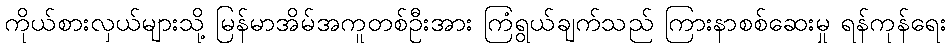
ကိုယ်စားလှယ်များသို့ မြန်မာအိမ်အကူတစ်ဦးအား ကြံရွယ်ချက်သည် ကြားနာစစ်ဆေးမှု ရန်ကုန်ရေး